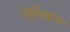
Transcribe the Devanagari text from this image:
ऐनिबल